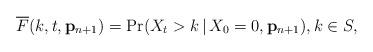
LaTeX: \begin{align*}\overline{F}(k,t,\mathbf{p}_{n+1}) \overset{}{=} \Pr(X_t > k \,\vert\, X_0 = 0, \mathbf{p}_{n+1}) , k \in S,\end{align*}